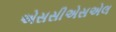
એસસીએસએલ